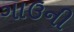
ગાઉની